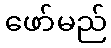
ဖော်မည်